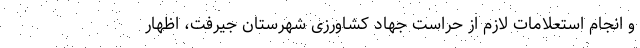
و انجام استعلامات لازم از حراست جهاد کشاورزی شهرستان جیرفت، اظهار